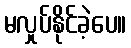
မလှုပ်နိုင်ခဲ့ပေ။